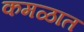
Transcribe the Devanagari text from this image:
कमळात